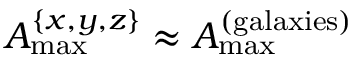
A _ { \mathrm { m a x } } ^ { \{ x , y , z \} } \approx A _ { \mathrm { m a x } } ^ { \mathrm { ( g a l a x i e s ) } }